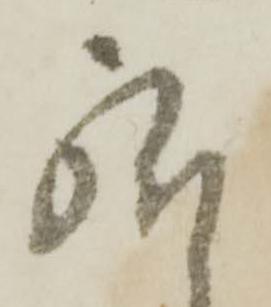
給